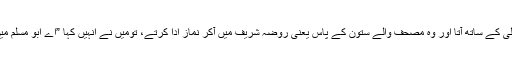
یزید بن ابی عبید بیان کرتے ہیں کہ میں سلمہ بن اکوع رضی اللہ تعالی کے ساتھ آتا اور وہ مصحف والے ستون کے پاس یعنی روضہ شریف میں آکر نماز ادا کرتے، تومیں نے انہیں کہا ”اے ابو مسلم میں دیکھتا ہوں کہ آپ اس ستون کے پاس ضرور نماز ادا کرتے ہیں“۔